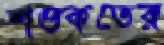
শওকতের